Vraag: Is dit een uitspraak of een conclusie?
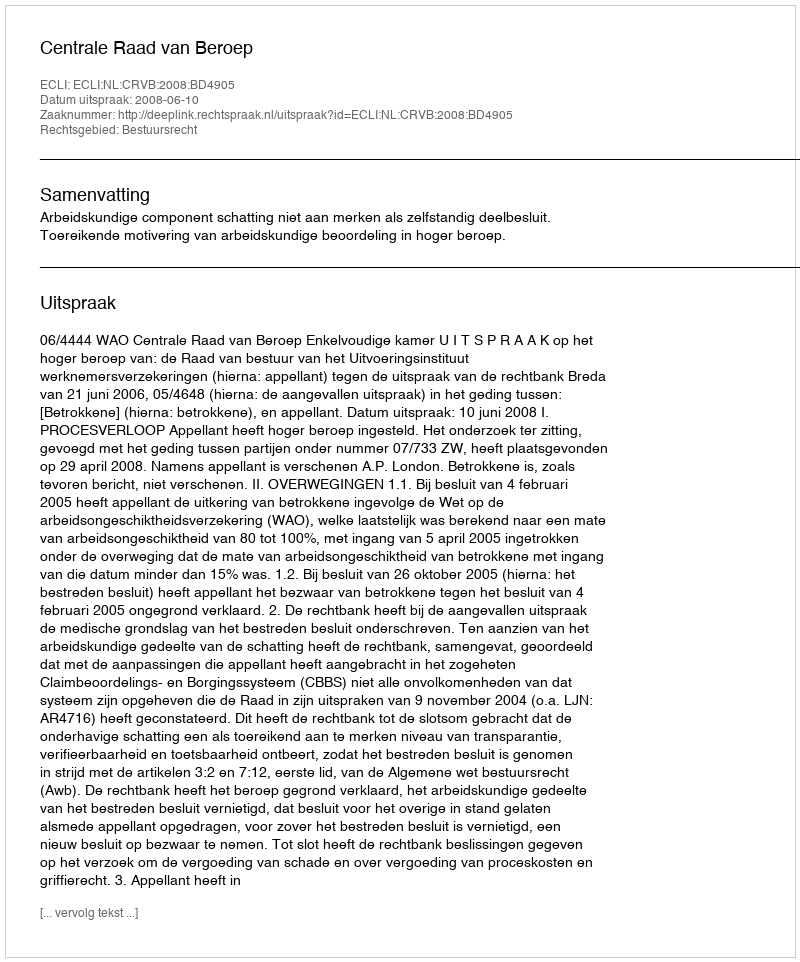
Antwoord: Uitspraak